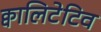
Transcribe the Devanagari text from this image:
क्वालिटेटिव